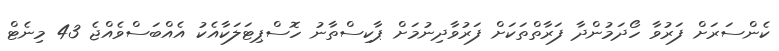
ކެންސަރަށް ފަރުވާ ހޯދަމުންދާ ފަރާތްތަކަށް ފަރުވާދިނުމަށް ޕާކިސްތާނު ހޮސްޕިޓަލަކާއެކު އެއްބަސްވެއްޖެ 43 މިނެޓް